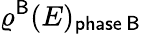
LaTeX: \varrho^{\mathsf{B}}(E)_{\mathsf{phase\, B}}